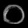
Digit: ၀